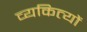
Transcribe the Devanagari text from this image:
व्यकित्यों